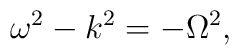
\omega^2 - k^2 = -\Omega^2 ,